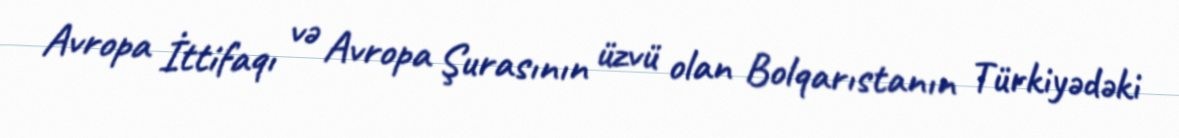
Avropa İttifaqı və Avropa Şurasının üzvü olan Bolqarıstanın Türkiyədəki